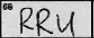
Transcription: RRU